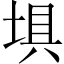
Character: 埧